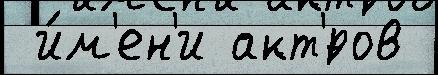
 и́м'ен'и акт'́ров